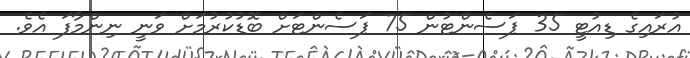
އުރައިގެ ޑިއުޓީ 35 ޕަސެންޓުން 75 ޕަސެންޓަށް ބޮޑުކުރުމަށް ވަނީ ނިންމާފަ އެވެ.